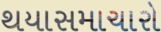
થયાસમાચારો